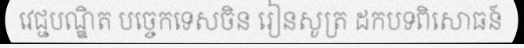
វេជ្ជបណ្ឌិត បច្ចេកទេសចិន រៀនសូត្រ ដកបទពិសោធន៍